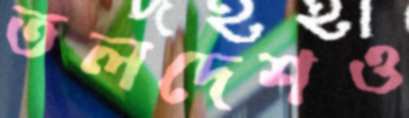
তলদেশও